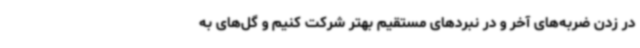
در زدن ضربه‌های آخر و در نبردهای مستقیم بهتر شرکت کنیم و گل‌های به